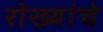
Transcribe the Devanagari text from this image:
रोख्यांचे